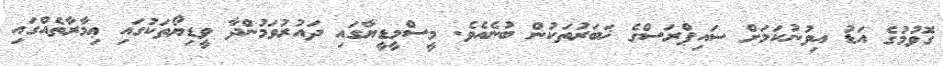
ގޮވުމުގެ އަޑު އިވުނުކަމަށް ސައިޕްރަސްގެ ޚަބަރުތަކުން ބުނެއެވެ. މީސްމީޑީޔާގައި ދައުރުވަމުންދާ ވީޑިޔޯތަކުގައި ޢިމާރާތެއްގައި